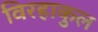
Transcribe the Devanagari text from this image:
विरहाकुल